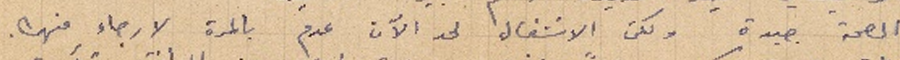
الصحة جيدة ولكن الانشغال لحد الآن عدم بالمرة لا رجاء منها.